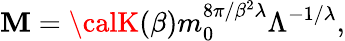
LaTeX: \mathbf{M}={\calK}(\beta)m_{0}^{{8\pi}/{\beta^{2}\lambda}}\Lambda^{-{1}/{\lambda}},